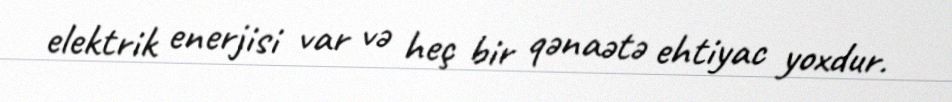
elektrik enerjisi var və heç bir qənaətə ehtiyac yoxdur.